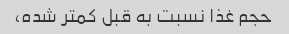
حجم غذا نسبت به قبل کمتر شده،